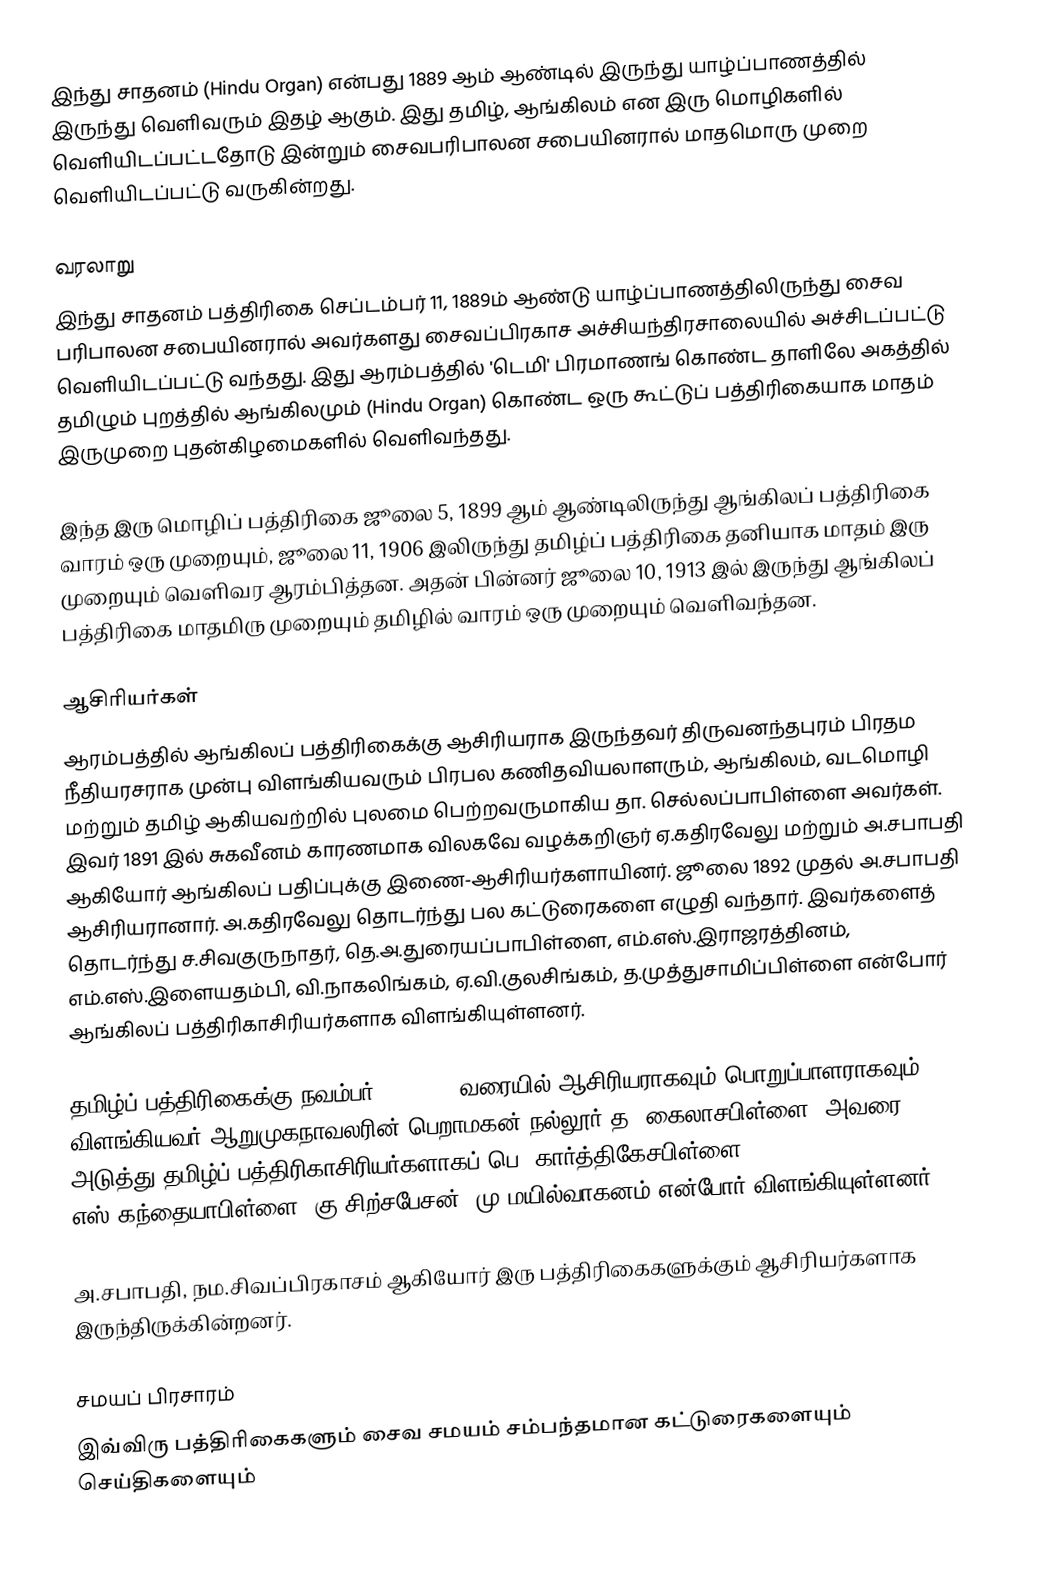
இந்து சாதனம் (Hindu Organ) என்பது 1889 ஆம் ஆண்டில் இருந்து யாழ்ப்பாணத்தில் இருந்து வெளிவரும் இதழ் ஆகும். இது தமிழ், ஆங்கிலம் என இரு மொழிகளில் வெளியிடப்பட்டதோடு இன்றும் சைவபரிபாலன சபையினரால் மாதமொரு முறை வெளியிடப்பட்டு வருகின்றது.

வரலாறு
இந்து சாதனம் பத்திரிகை செப்டம்பர் 11, 1889ம் ஆண்டு யாழ்ப்பாணத்திலிருந்து சைவ பரிபாலன சபையினரால் அவர்களது சைவப்பிரகாச அச்சியந்திரசாலையில் அச்சிடப்பட்டு வெளியிடப்பட்டு வந்தது. இது ஆரம்பத்தில் 'டெமி' பிரமாணங் கொண்ட தாளிலே அகத்தில் தமிழும் புறத்தில் ஆங்கிலமும் (Hindu Organ) கொண்ட ஒரு கூட்டுப் பத்திரிகையாக மாதம் இருமுறை புதன்கிழமைகளில் வெளிவந்தது.

இந்த இரு மொழிப் பத்திரிகை ஜூலை 5, 1899 ஆம் ஆண்டிலிருந்து ஆங்கிலப் பத்திரிகை வாரம் ஒரு முறையும், ஜூலை 11, 1906 இலிருந்து தமிழ்ப் பத்திரிகை தனியாக மாதம் இரு முறையும் வெளிவர ஆரம்பித்தன. அதன் பின்னர் ஜூலை 10, 1913 இல் இருந்து ஆங்கிலப் பத்திரிகை மாதமிரு முறையும் தமிழில் வாரம் ஒரு முறையும் வெளிவந்தன.

ஆசிரியர்கள்
ஆரம்பத்தில் ஆங்கிலப் பத்திரிகைக்கு ஆசிரியராக இருந்தவர் திருவனந்தபுரம் பிரதம நீதியரசராக முன்பு விளங்கியவரும் பிரபல கணிதவியலாளரும், ஆங்கிலம், வடமொழி மற்றும் தமிழ் ஆகியவற்றில் புலமை பெற்றவருமாகிய தா. செல்லப்பாபிள்ளை அவர்கள். இவர் 1891 இல் சுகவீனம் காரணமாக விலகவே வழக்கறிஞர் ஏ.கதிரவேலு மற்றும் அ.சபாபதி ஆகியோர் ஆங்கிலப் பதிப்புக்கு இணை-ஆசிரியர்களாயினர். ஜூலை 1892 முதல் அ.சபாபதி ஆசிரியரானார். அ.கதிரவேலு தொடர்ந்து பல கட்டுரைகளை எழுதி வந்தார். இவர்களைத் தொடர்ந்து ச.சிவகுருநாதர், தெ.அ.துரையப்பாபிள்ளை, எம்.எஸ்.இராஜரத்தினம், எம்.எஸ்.இளையதம்பி, வி.நாகலிங்கம், ஏ.வி.குலசிங்கம், த.முத்துசாமிப்பிள்ளை என்போர் ஆங்கிலப் பத்திரிகாசிரியர்களாக விளங்கியுள்ளனர்.

தமிழ்ப் பத்திரிகைக்கு நவம்பர் 25, 1896 வரையில் ஆசிரியராகவும் பொறுப்பாளராகவும் விளங்கியவர் ஆறுமுகநாவலரின் பெறாமகன் நல்லூர் த. கைலாசபிள்ளை. அவரை அடுத்து தமிழ்ப் பத்திரிகாசிரியர்களாகப் பெ. கார்த்திகேசபிள்ளை, எஸ்.கந்தையாபிள்ளை, கு.சிற்சபேசன், மு.மயில்வாகனம் என்போர் விளங்கியுள்ளனர்.

அ.சபாபதி, நம.சிவப்பிரகாசம் ஆகியோர் இரு பத்திரிகைகளுக்கும் ஆசிரியர்களாக இருந்திருக்கின்றனர்.

சமயப் பிரசாரம்
இவ்விரு பத்திரிகைகளும் சைவ சமயம் சம்பந்தமான கட்டுரைகளையும் செய்திகளையும்